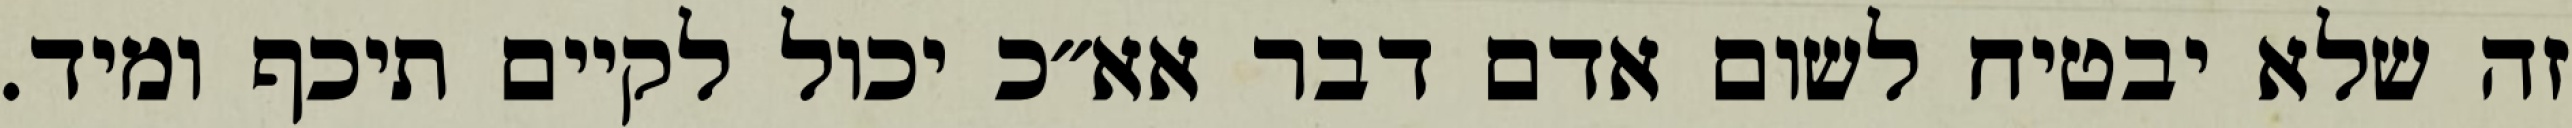
זה שלא יבטיח לשום אדם דבר אא״כ יכול לקיים תיכף ומיד.